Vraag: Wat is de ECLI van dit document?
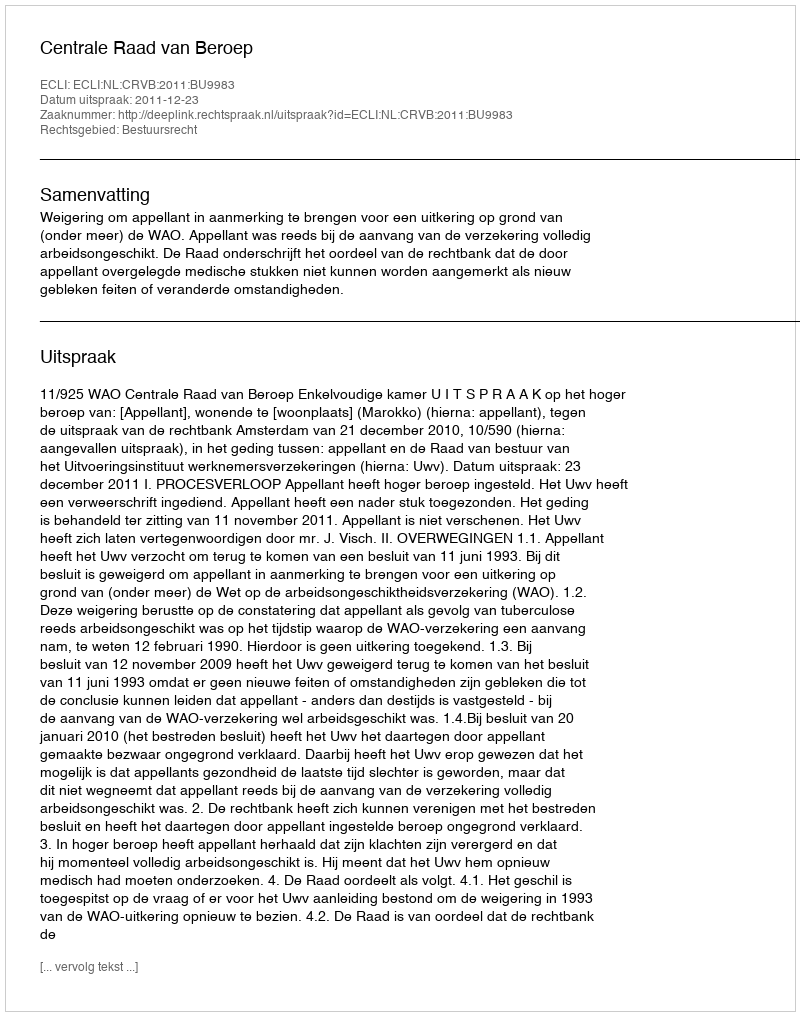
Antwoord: ECLI:NL:CRVB:2011:BU9983